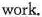
work.